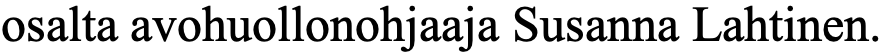
osalta avohuollonohjaaja Susanna Lahtinen.